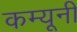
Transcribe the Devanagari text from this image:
कम्यूनी